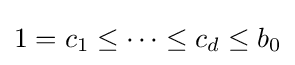
1=c_{1}\leq \cdots \leq c_{d}\leq b_{0}